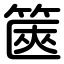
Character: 篋